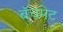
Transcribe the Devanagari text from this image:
बॅचमेट